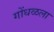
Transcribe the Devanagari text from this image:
गोंधळला